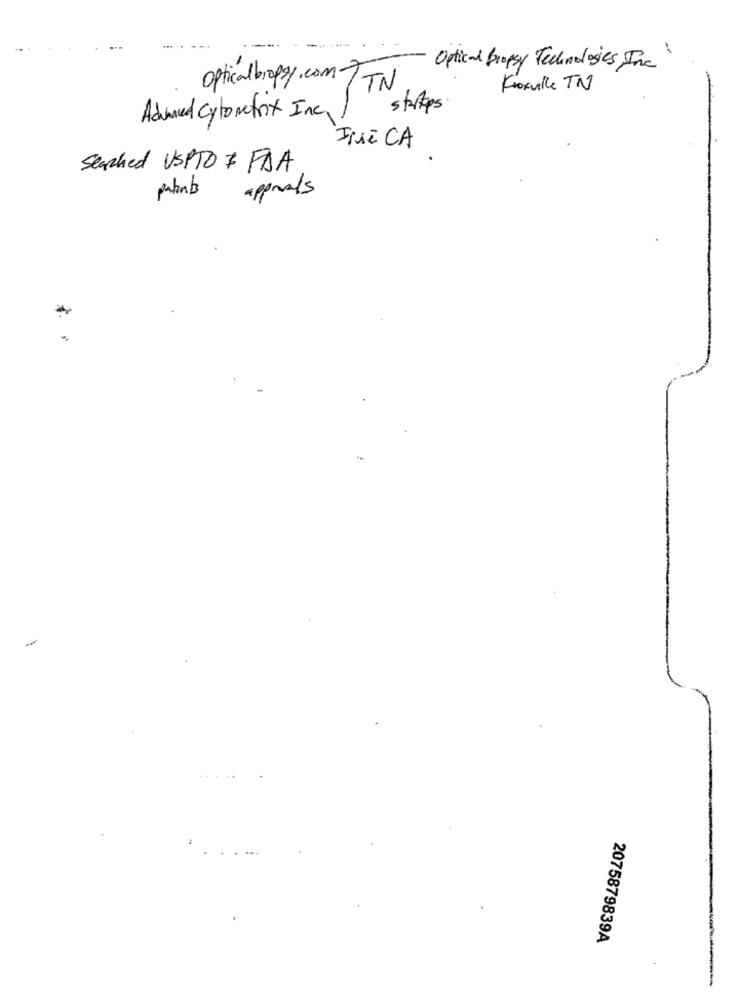
Optical propsy Technologies Inc
Opticalbraggy.comTIN
Knoxville TN
startops.
Advanced Cyto metrix Inc.
JME CA
Seached USPTO I FAA
patents
approals
2075879839A